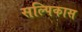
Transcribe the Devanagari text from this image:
सल्पिकास